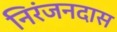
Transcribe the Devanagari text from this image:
निरंजनदास